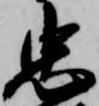
忠